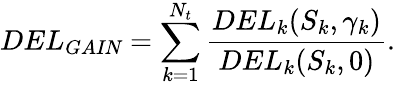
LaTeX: DEL_{\textit{GAIN}}=\sum_{k=1}^{N_{t}}\frac{DEL_{k}(S_{k},\gamma_{k})}{DEL_{k}(S_{k},0)}.